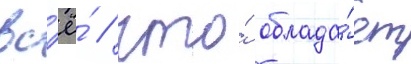
вс'ё́ / что́ облада́ет